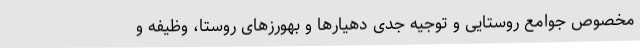
مخصوص جوامع روستایی و توجیه جدی دهیارها و بهورزهای روستا، وظیفه و